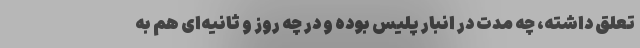
تعلق داشته، چه مدت در انبار پلیس بوده و در چه روز و ثانیه‌ای هم به